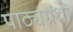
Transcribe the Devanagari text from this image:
पाठ्यग्रंथों